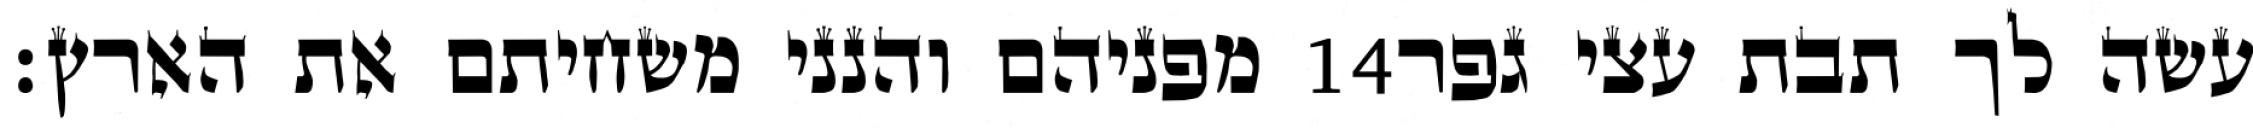
מפניהם והנני משחיתם את הארץ׃ ‎14‏ עשה לך תבת עצי גפר